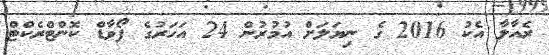
ރެއާލާ އެކު 2016 ގެ ނިޔަލަށް އުމުރުން 24 އަހަރުގެ ފޯވާޑް ކޮންޓްރެކްޓް